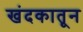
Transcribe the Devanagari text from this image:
खंदकातून